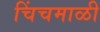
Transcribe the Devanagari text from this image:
चिंचमाळी